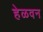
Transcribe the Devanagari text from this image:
हेळवन